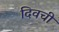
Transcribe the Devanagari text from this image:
दिवची